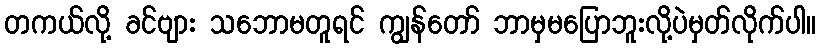
တကယ်လို့ ခင်ဗျား သဘောမတူရင် ကျွန်တော် ဘာမှမပြောဘူးလို့ပဲမှတ်လိုက်ပါ။